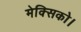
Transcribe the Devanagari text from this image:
मेक्सिको।